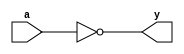
`timescale 1ns / 1ps


module NOTL(a,y);
	input a;
	output y;
	nor (y,a,a);
endmodule